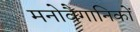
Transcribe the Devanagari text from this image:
मनोवैगानिकों